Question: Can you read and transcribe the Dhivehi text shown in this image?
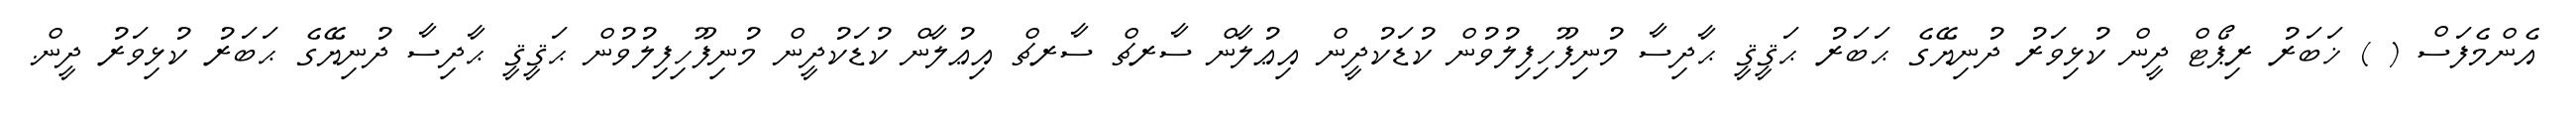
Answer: އެންމެފަސް ( ) ޚަބަރު ރިޕޯޓް ދީން ކުޅިވަރު ދުނިޔޭގެ ޙަބަރު ޙަޤީޤީ ޙާދިސާ މުނިފޫހިފިލުވުން ކުޑަކުދީން އިޢުލާން ސާރޗް ސާރޗް އިޢުލާން ކުޑަކުދީން މުނިފޫހިފިލުވުން ޙަޤީޤީ ޙާދިސާ ދުނިޔޭގެ ޙަބަރު ކުޅިވަރު ދީން.